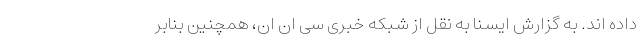
داده اند. به گزارش ایسنا به نقل از شبکه خبری سی ان ان، همچنین بنابر